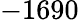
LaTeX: -1690